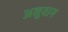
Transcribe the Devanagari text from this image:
अनुवाग